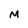
Character: M